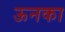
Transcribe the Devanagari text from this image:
ऊनका